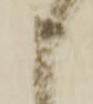
申